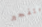
بتفجير